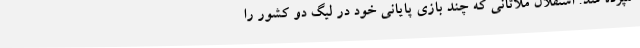
سپرده شد. استقلال ملاثانی که چند بازی پایانی خود در لیگ دو کشور را